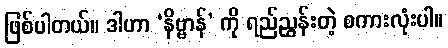
ဖြစ်ပါတယ်။ ဒါဟာ ‘နိဗ္ဗာန်’ ကို ရည်ညွှန်းတဲ့ စကားလုံးပါ။